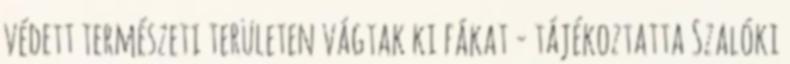
védett természeti területen vágtak ki fákat - tájékoztatta Szalóki